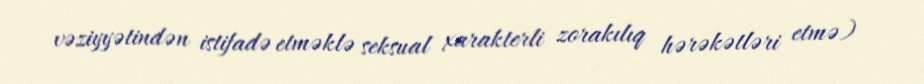
vəziyyətindən istifadə etməklə seksual xarakterli zorakılıq hərəkətləri etmə)